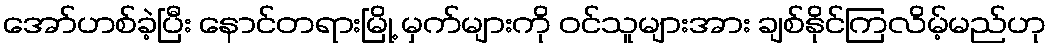
အော်ဟစ်ခဲ့ပြီး နောင်တရားမြို့ မှက်များကို ဝင်သူများအား ချစ်နိုင်ကြလိမ့်မည်ဟု